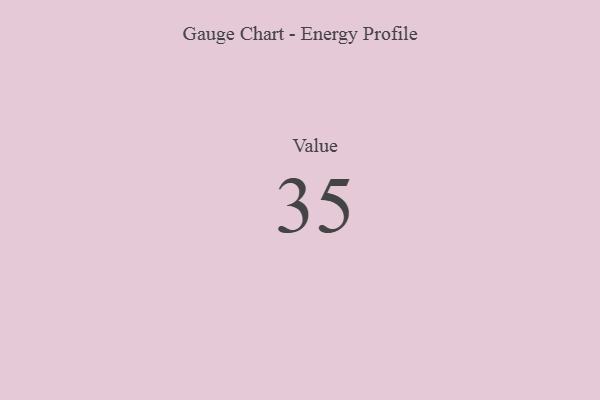
{"axis": {"x": "Metric", "y": "Value"}, "legend": [""], "data": [{"x": "Value", "y": 35, "type": ""}]}